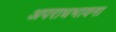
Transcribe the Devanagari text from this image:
अपराधभावना